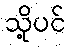
သို့ပင်